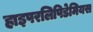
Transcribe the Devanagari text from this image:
हाइपरलिपिडेमियस